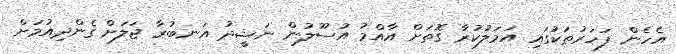
އެހެން ފަހަރުތަކުގައި އަމަލުކުރާ ގޮތަށް އާއްމު އުސޫލުން ނަޝީދު އަނބުރާ ޖަލަށް ގެންދިއުމަށް